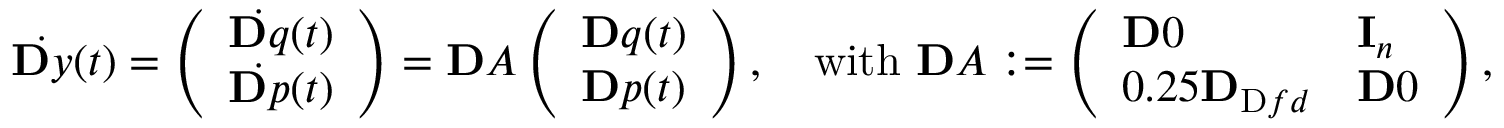
\dot { \ensuremath Ḋ \mathbf Ḋ y Ḍ Ḍ } ( t ) = \left( \begin{array} { l } { \dot { \ensuremath Ḋ \mathbf Ḋ q Ḍ Ḍ } ( t ) } \\ { \dot { \ensuremath Ḋ \mathbf Ḋ p Ḍ Ḍ } ( t ) } \end{array} \right) = \ensuremath { \mathbf Ḋ A Ḍ } \left( \begin{array} { l } { \ensuremath { \mathbf Ḋ q Ḍ } ( t ) } \\ { \ensuremath { \mathbf Ḋ p Ḍ } ( t ) } \end{array} \right) , \quad \mathrm { w i t h ~ } \ensuremath { \mathbf Ḋ A Ḍ } : = \left( \begin{array} { l l } { \ensuremath { \mathbf Ḋ 0 Ḍ } } & { \mathbf I _ { n } } \\ { 0 . 2 5 \mathbf { D } _ { \mathrm { Ḋ } f d Ḍ } } & { \ensuremath { \mathbf Ḋ 0 Ḍ } } \end{array} \right) ,